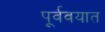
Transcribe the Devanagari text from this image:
पूर्ववयात